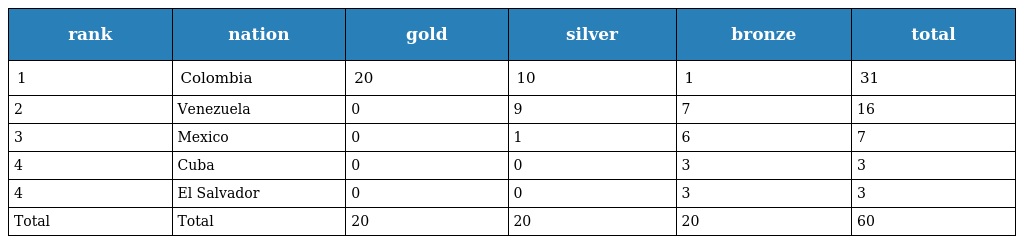
| rank | nation | gold | silver | bronze | total |
 | --- | --- | --- | --- | --- | --- |
 | 1 | Colombia | 20 | 10 | 1 | 31 |
 | 2 | Venezuela | 0 | 9 | 7 | 16 |
 | 3 | Mexico | 0 | 1 | 6 | 7 |
 | 4 | Cuba | 0 | 0 | 3 | 3 |
 | 4 | El Salvador | 0 | 0 | 3 | 3 |
 | Total | Total | 20 | 20 | 20 | 60 |